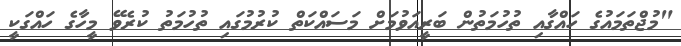
"މުޖްތަމައުގެ ހައްގާއި ތުހުމަތުން ބަރީއަވުމަށް މަސައްކަތް ކުރުމުގައި ތުހުމަތު ކުރެވޭ މީހާގެ ހައްގަކީ